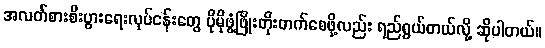
အလတ်စားစီးပွားရေးလုပ်ငန်းတွေ ပိုမိုဖွံ့ဖြိုးတိုးတက်စေဖို့လည်း ရည်ရွယ်တယ်လို့ ဆိုပါတယ်။